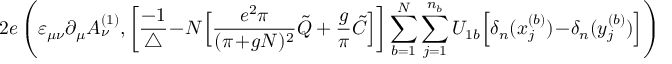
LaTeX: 2 e \left( \varepsilon _ { \mu \nu } \partial _ { \mu } A _ { \nu } ^ { ( 1 ) } , \bigg [ \frac { - 1 } { \triangle } \! - \! N \Big [ \frac { e ^ { 2 } \pi } { ( \pi \! + \! g N ) ^ { 2 } } \tilde { Q } + \frac { g } { \pi } \tilde { C } \Big ] \bigg ] \sum _ { b = 1 } ^ { N } \sum _ { j = 1 } ^ { n _ { b } } U _ { 1 b } \Big [ \delta _ { n } ( x _ { j } ^ { ( b ) } ) \! - \! \delta _ { n } ( y _ { j } ^ { ( b ) } ) \Big ] \right)